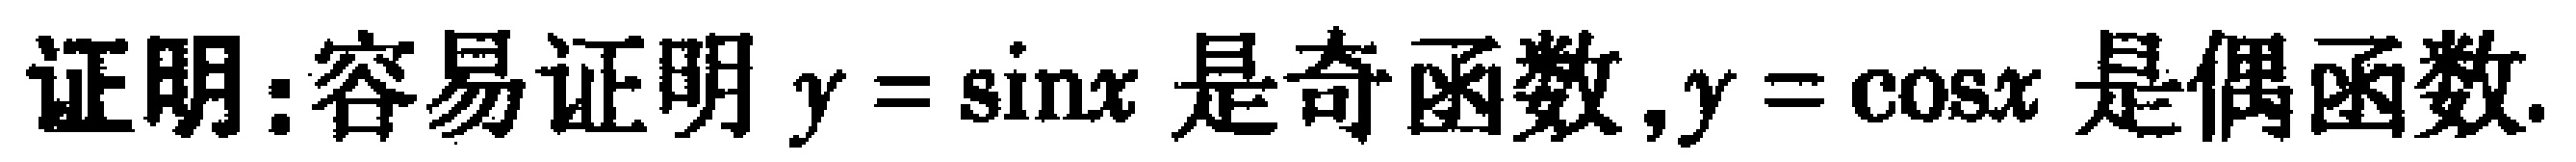
证明：容易证明\(y = \sin x\)是奇函数，\(y = \cos x\)是偶函数.